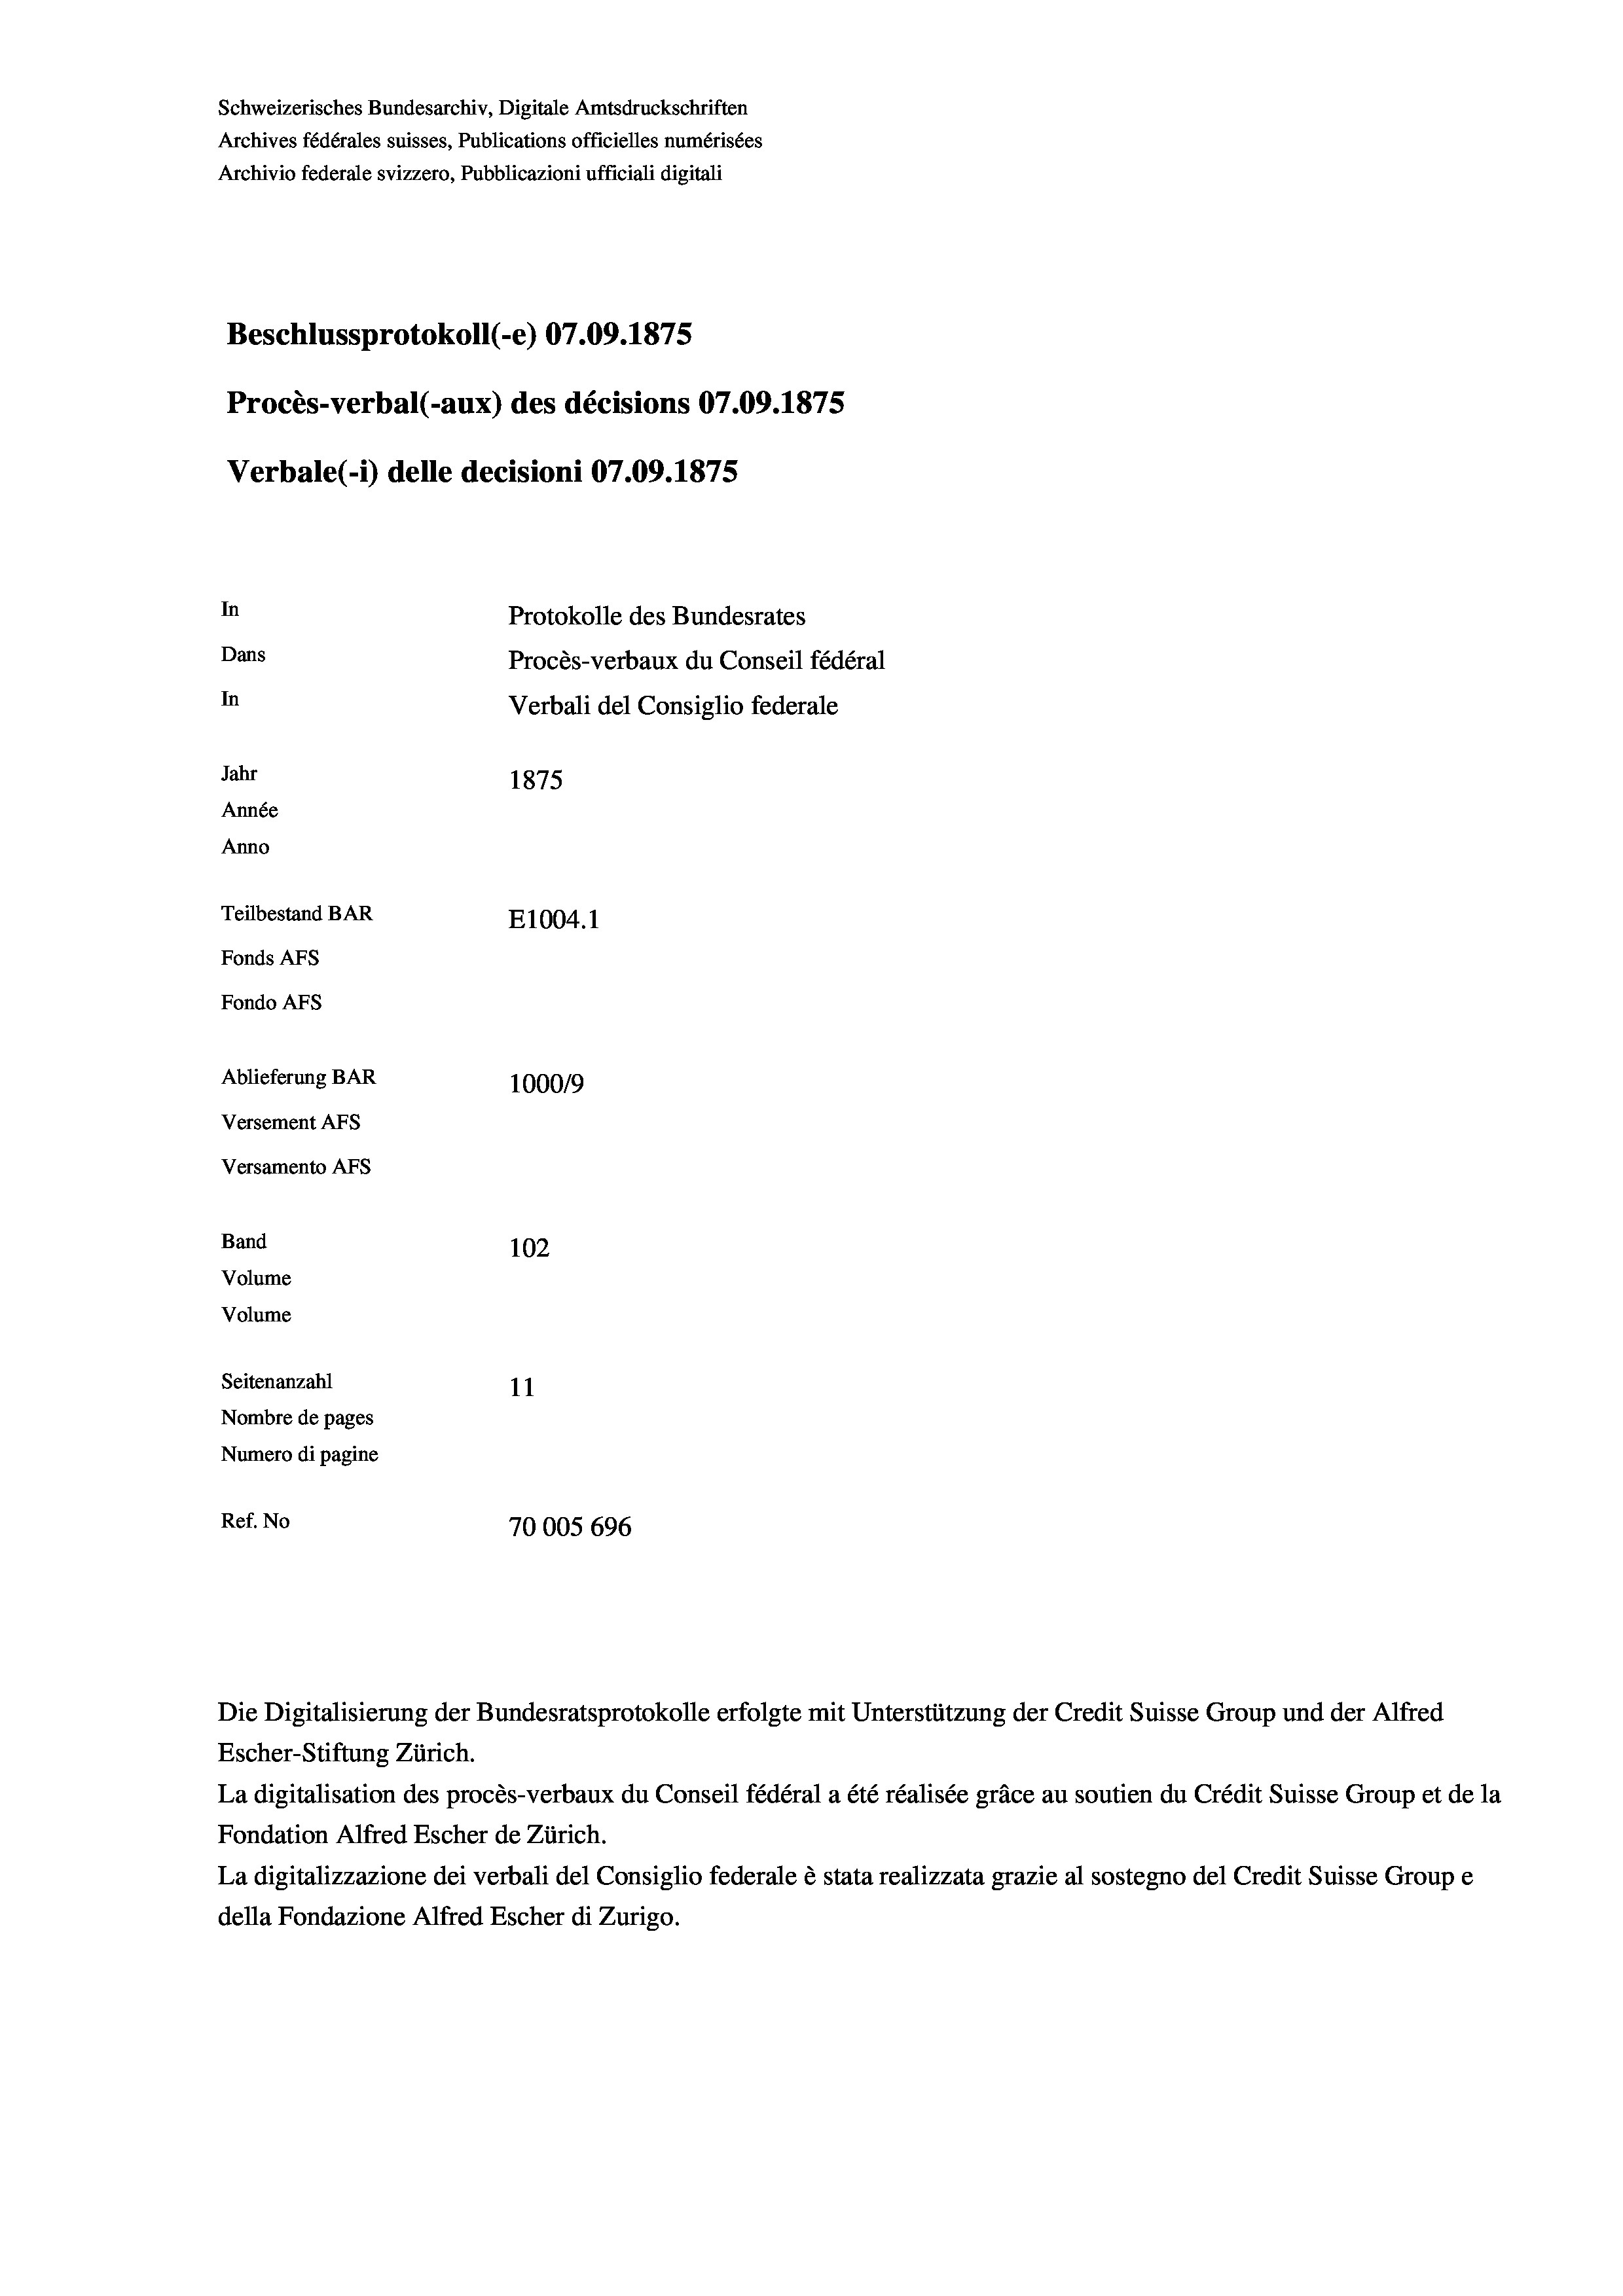
Schweizerisches Bundesarchiv, Digitale Amtsdruckschriften
Archives fédérales suisses, Publications officielles numérisées
Archivio federale svizzero, Pubblicazioni ufficiali digitali
Beschlussprotokoll (-e) 07.09. 1875
Procès-verbal (-aux) des décisions 07.09. 1875
In
Protokolle des Bundesrates
Dans
Procès-verbaux du Conseil fédéral
In
Verbali del Consiglio federale
Jahr
1875
Année
Anno
Teilbestand BAR
E1004. 1
Fonds AFs
Fondo AFs
Ablieferung BAR
1000/9
Versement Abs

Versamento Afs
Band
Volume
Volume

102
Seitenanzahl
11
Nombre de pages
Numero di pagine
Ref. No
70005 696

Verbale (- 1) delle decisioni 07.09. 1875

Die Digitalisierung der Bundesratsprotokolle erfolgte mit Unterstützung der Credit Suisse Group und der Alfred
Escher-Stiftung Zürich.
La digitalisation des procès-verbaux du Conseil fédéral a été réalisée gräce au soutien du Crédit Suisse Group et de la
Fondation Alfred Escher de Zürich.
La digitalizzazione dei verbali del Consiglio federale è stata realizzata grazie al sostegno del Credit Suisse Groupe
della Fondazione Alfred Escher di Zurigo.